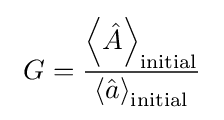
~G={\frac {\left\langle {\hat {A}}\right\rangle _{\rm {initial}}}{\left\langle {\hat {a}}\right\rangle _{\rm {initial}}}}~